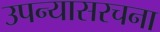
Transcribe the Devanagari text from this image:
उपन्यासरचना